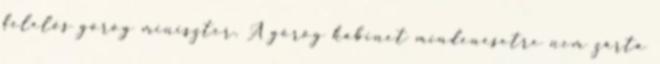
felelős görög miniszter. A görög kabinet mindenesetre nem zárta